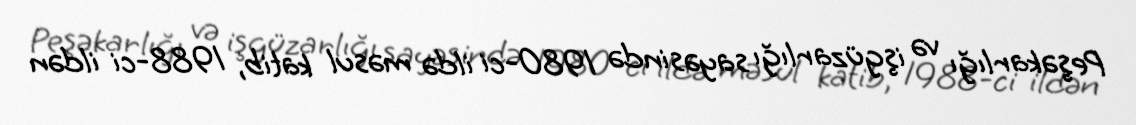
Peşəkarlığı və işgüzarlığı sayəsində 1980-ci ildə məsul katib, 1988-ci ildən